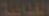
الثقافية